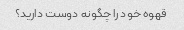
قهوه خود را چگونه دوست دارید؟